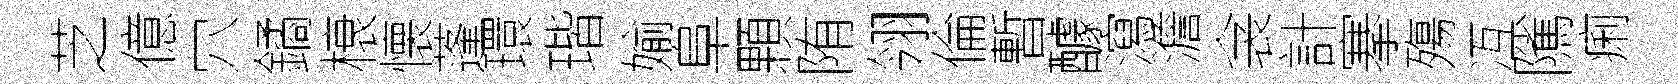
芝億穴鐍榱懐蓬環瑎媮阜顆陏翎倫暫醵瀉澹衾計搴殤冱隲痢